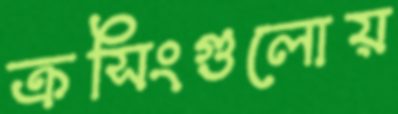
ক্রসিংগুলোয়